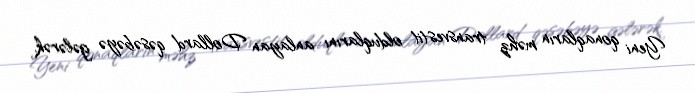
Yeni qonaqların məhz transvestit olduqlarını anlayan Dollard qəsəbəyə gələrək,